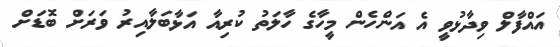
އައްފާލް ވިދާޅުވީ އެ އަންހެން މީހާގެ ހާލަތު ކުރިއާ އަޅާބަލާއިރު ވަރަށް ބޮޑަށް